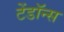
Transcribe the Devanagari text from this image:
टेंडॉन्स